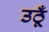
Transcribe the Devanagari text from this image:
उठूँ